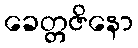
ခေတ္တဇိနော